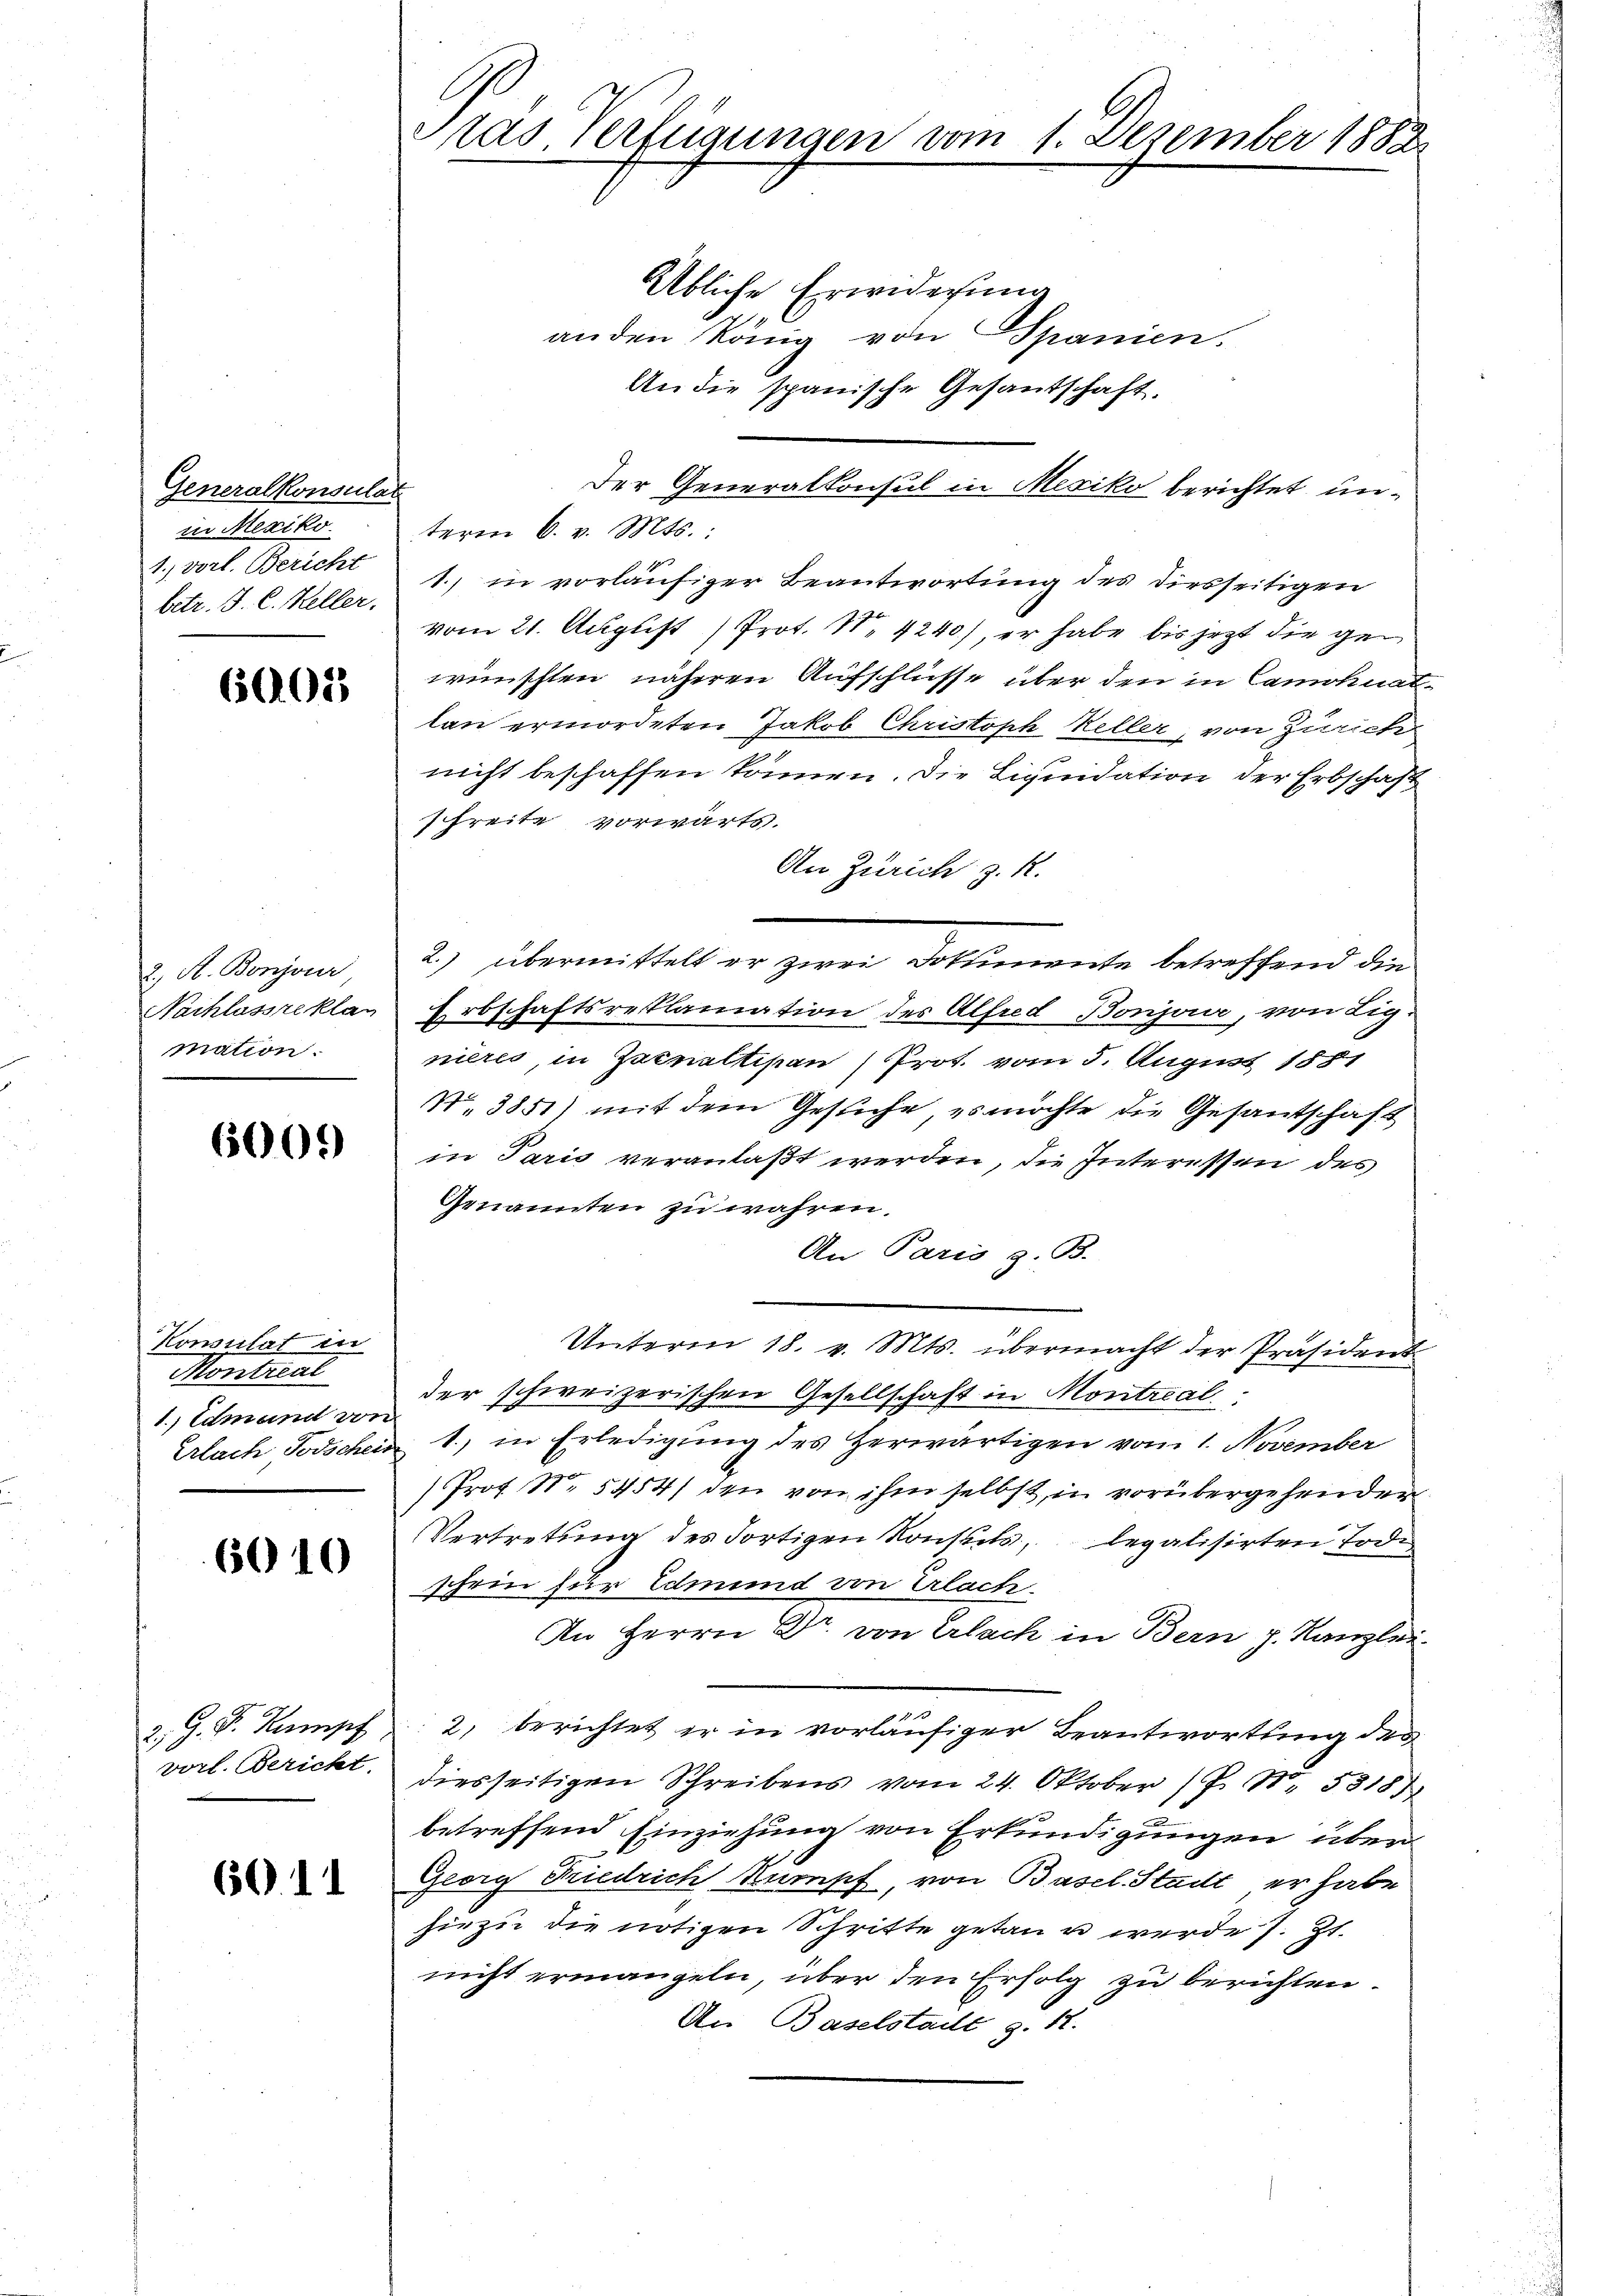
Generalkonsulat
in Mexiko
1., vorl. Bericht
betr. J. C. Keller.

605

2. A. Bonjour,
Nachlassreklan
mation.

660.

Konsulat in
Montreal
1., Edmund von

6010

vorl. Bericht.

601

tas. Verfügungen vom 1. Dezember 1882

Übliche Erwiderung
anden könig von Spanien.
An die spanische Gesantschaft.
Der Generalkonsul in Mesiko berichtet unterm 6. v. Mts.:
1.) in vorläufiger Beantwortung des diesseitigen
vom 21. August Prot. No 4240), er habe bis jezt die gewünschten, näheren Aufschlüsse über den in Camohnatlan ermordeten Jakob Christoph Keller, von Zürich
nicht beschaffen können. Die Liquidation der Erbschaft
schreite vorwärts.
An Zürich z. R.
2.) übermittelt er zwei Doplimente betreffend die
Erbschaftsreklamation des Alfred Bonjan, von Lignieres, in Zacnaltipan (Prot. vom 5. August 1881
N. 3851) mit dem Gesuche, es möchte die Gesantschaft
in Paris veranlaßt werden, die Interessen des
Genannten zu währen.
An Paris z. B.
Unterm 18. v. Mts. übermacht der Präsident
der schweizerischen Gesellschaft in Montreal
Erlach Todschein 1., in Erledigŭng des Herwärtigen vom 1. November
Prof. No. 5454) den von ihm selbst, in vorübergehender
Vertretung des Fortigen Konsuls, legalisirten Tode
schein für Edmund von Erlach¬
An Herrn Dr. von Erlach in Bern J. Kanzlei
e
Z. G. P. Kumpf. 2, berichtet er in vorläŭfiger Beantwortung des
diesseitigen Schreibens vom 24. Oktober J. N. 5318)
betreffend Einziehung von Erkundigungen über
Georg Friedrich Stumpf, von Basel. Stadt, er habe
hiezu die nötigen Schritte getan u werde s. Zt.
nicht ermangeln, über den Erfolg zu berichten.
An Baselstadt z. B.